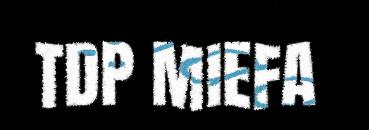
TDP MIEFA